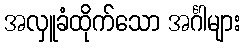
အလှူခံထိုက်သော အင်္ဂါများ